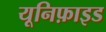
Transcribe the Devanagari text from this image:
यूनिफ़ाइड